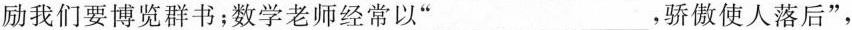
励我们要博览群书；数学老师经常以”___，骄傲使人落后”，